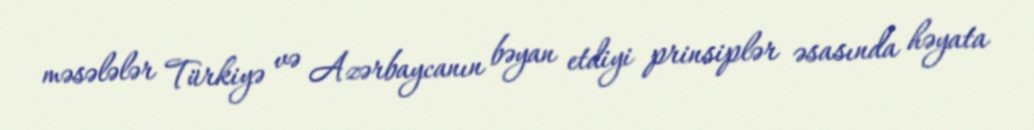
məsələlər Türkiyə və Azərbaycanın bəyan etdiyi prinsiplər əsasında həyata